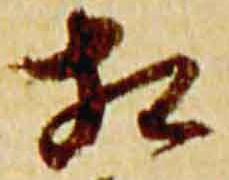
相